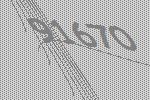
91670